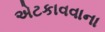
એટકાવવાના